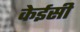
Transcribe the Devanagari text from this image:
केईसी